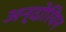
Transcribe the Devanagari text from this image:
अन्दोरियन